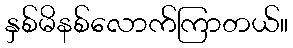
နှစ်မိနစ်လောက်ကြာတယ်။